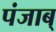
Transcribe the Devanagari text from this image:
पंजाब्